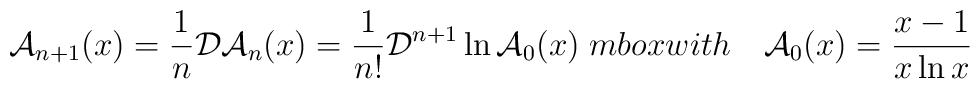
{\cal A}_{n+1}(x) = \frac{1}{n}{\cal D} {\cal A}_n(x)  =\frac{1}{n!} {\cal D}^{n+1}\ln {\cal A}_0(x) \; \; \\mbox{with} \ \ \ {\cal A}_0(x) = \frac{x-1}{x \ln x} \,